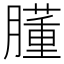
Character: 𦡂